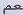
صم